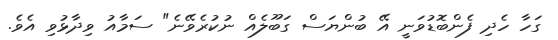
ގަހާ ހެދި ފެންބޮޑުވަނީ އޭ ބުންޔަސް ގަބޫލެއް ނުކުރެވޭނެ" ސަމާއު ވިދާޅުވި އެވެ.